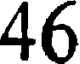
46